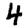
Digit: 4